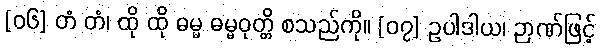
[၀၆] တံ တံ၊ ထို ထို ဓမ္မ ဓမ္မဝုတ္တိ စသည်ကို။ [၀၇] ဥပါဒါယ၊ ဉာဏ်ဖြင့်